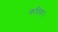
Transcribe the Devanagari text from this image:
कविवर।